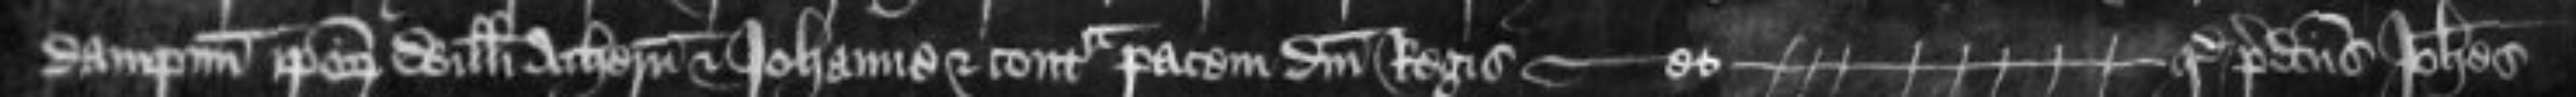
dampnum ipsorum Willelmi Athern et Johanne et contra pacem domini Regis -- et -- quod predictus Johannes